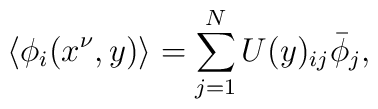
\langle\phi_i(x^\nu,y)\rangle	=		\sum_{j=1}^NU(y)_{ij}\bar{\phi}_j,